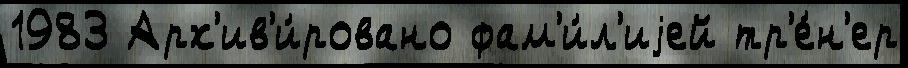
1983 Арх'ив'и́ровано фам'и́л'иjей тр'е́н'ер